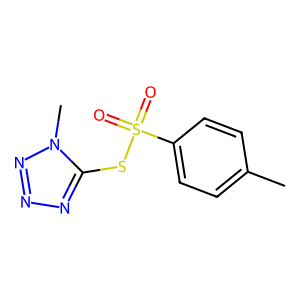
SMILES: Cc1ccc(S(=O)(=O)Sc2nnnn2C)cc1
Inhibits HIV replication: No